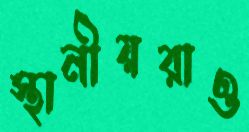
স্থানীয়রাও